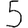
Digit: 5